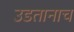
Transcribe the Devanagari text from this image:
उडतानाच